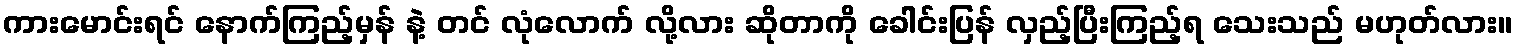
ကားမောင်းရင် နောက်ကြည့်မှန် နဲ့ တင် လုံလောက် လို့လား ဆိုတာကို ခေါင်းပြန် လှည့်ပြီးကြည့်ရ သေးသည် မဟုတ်လား။